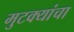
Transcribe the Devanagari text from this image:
मुटक्यांचा